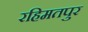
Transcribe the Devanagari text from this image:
रहिमतपुर